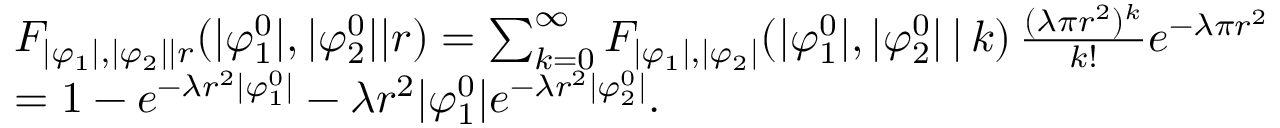
\begin{array} { r l } & { F _ { | \varphi _ { 1 } | , | \varphi _ { 2 } | | r } ( | \varphi _ { 1 } ^ { 0 } | , | \varphi _ { 2 } ^ { 0 } | | r ) = \sum _ { k = 0 } ^ { \infty } F _ { | \varphi _ { 1 } | , | \varphi _ { 2 } | } ( | \varphi _ { 1 } ^ { 0 } | , | \varphi _ { 2 } ^ { 0 } | \, | \, k ) \, \frac { ( \lambda \pi r ^ { 2 } ) ^ { k } } { k ! } e ^ { - \lambda \pi r ^ { 2 } } } \\ & { = 1 - e ^ { - \lambda r ^ { 2 } | \varphi _ { 1 } ^ { 0 } | } - \lambda r ^ { 2 } | \varphi _ { 1 } ^ { 0 } | e ^ { - \lambda r ^ { 2 } | \varphi _ { 2 } ^ { 0 } | } . } \end{array}